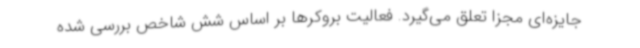
جایزه‌ای مجزا تعلق می‌گیرد. فعالیت بروکرها بر اساس شش شاخص بررسی شده